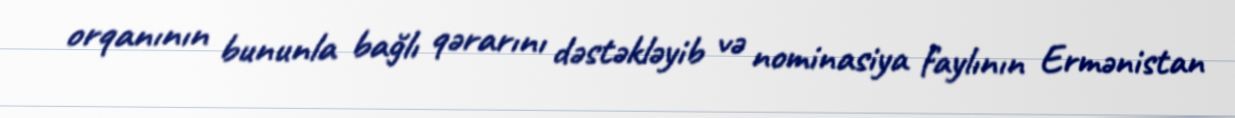
orqanının bununla bağlı qərarını dəstəkləyib və nominasiya faylının Ermənistan